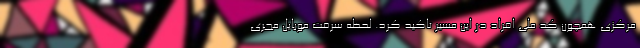
مرکزی همچون کد ملی افراد در این مسیر تاکید کرد. لحظه سرقت موبایل مجری